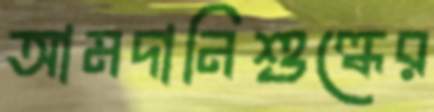
আমদানিশুল্কের